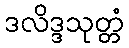
ဒလိဒ္ဒသုတ္တံ